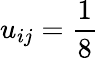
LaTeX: u_{ij}=\frac{1}{8}